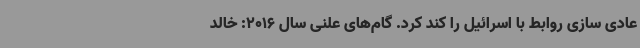
عادی سازی روابط با اسرائیل را کند کرد. گام‌های علنی سال 2016: خالد